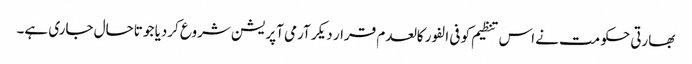
بھارتی حکومت نے اس تنظیم کو فی الفور کالعدم قرار دیکر آرمی آپریشن شروع کردیا جو تاحال جاری ہے۔